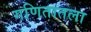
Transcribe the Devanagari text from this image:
गणितातला